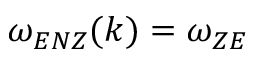
\omega _ { E N Z } ( k ) = \omega _ { Z E }